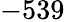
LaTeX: -539